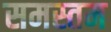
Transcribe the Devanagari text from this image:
समस्तम